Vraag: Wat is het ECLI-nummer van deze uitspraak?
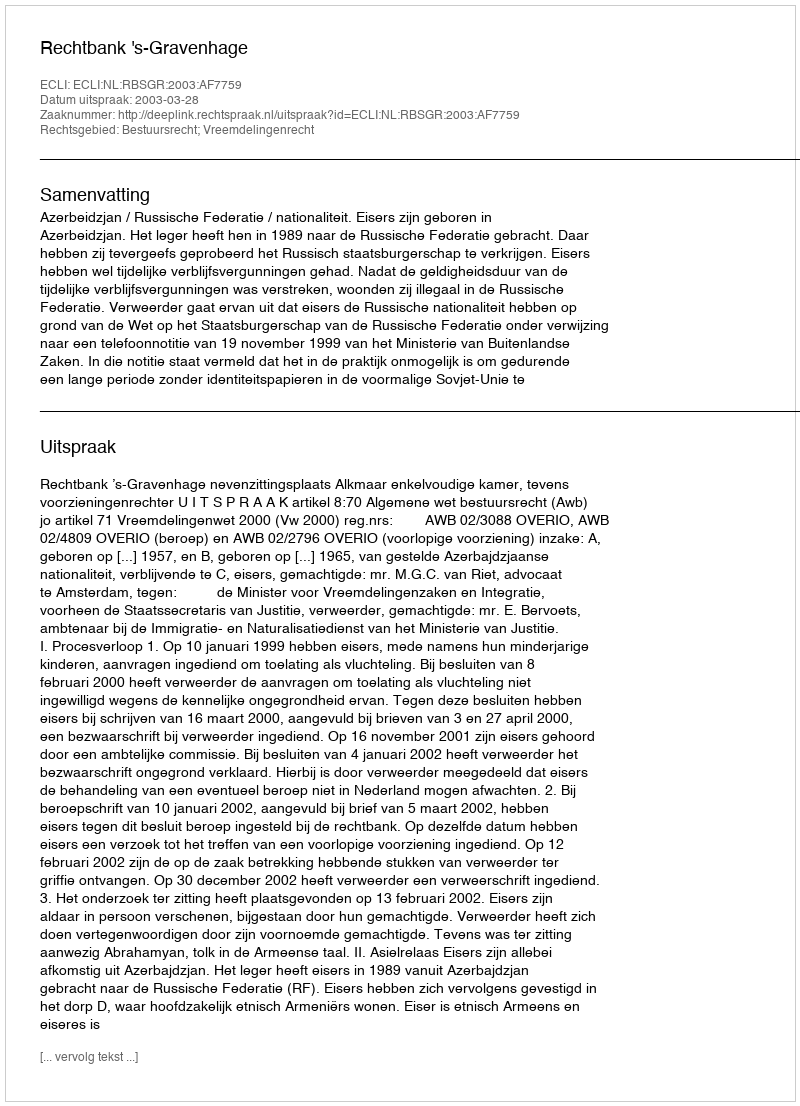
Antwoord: ECLI:NL:RBSGR:2003:AF7759